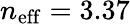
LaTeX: n_{\mathrm{eff}}=3.37